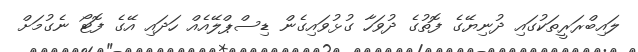
ލައިބްރަރީތަކުގައި ދުނިޔޭގެ ފޮތުގެ ދުވަހާ ގުޅުވައިގެން ޑިސްޕްލޭއެއް ހަދައި އޭގެ ފޮޓޯ ނެގުމަށް